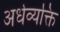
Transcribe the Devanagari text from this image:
अर्धव्यक्ति